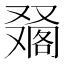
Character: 𠮀